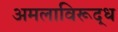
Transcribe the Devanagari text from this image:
अमलाविरूद्ध